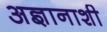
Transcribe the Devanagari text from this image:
अज्ञानाशी